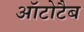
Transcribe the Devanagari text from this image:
ऑटोटैब